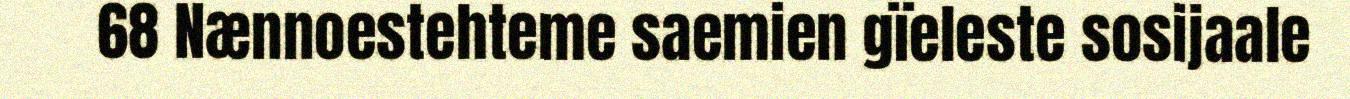
68 Nænnoestehteme saemien gïeleste sosijaale